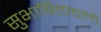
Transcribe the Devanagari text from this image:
सुभाषितावली